Civil Veterinary Department. United Provinces 1923-31 - 1923-1931
Year: 1923
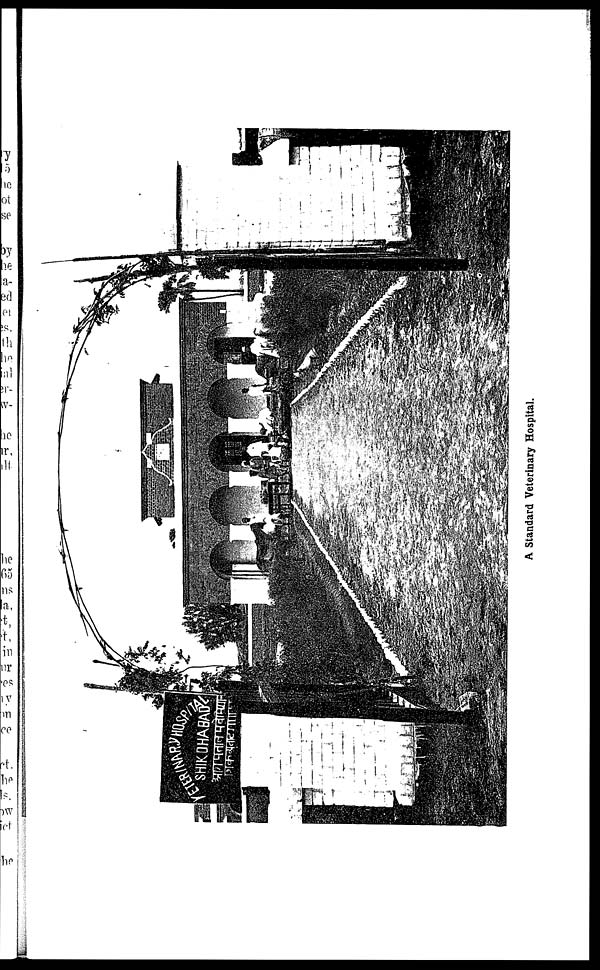
A Standard Veterinary Hospital.